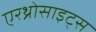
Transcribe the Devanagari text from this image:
एरथ्रोसाइट्स